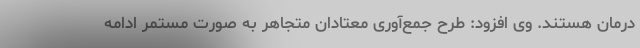
درمان هستند. وی افزود: طرح جمع‌آوری معتادان متجاهر به صورت مستمر ادامه